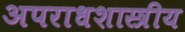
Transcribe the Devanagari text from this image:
अपराधशास्त्रीय